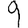
Digit: 9